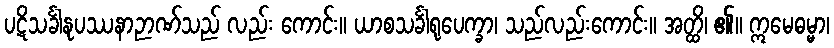
ပဋိသင်္ခါနုပဿနာဉာဏ်သည် လည်း ကောင်း။ ယာစသင်္ခါရုပေက္ခာ၊ သည်လည်းကောင်း။ အတ္ထိ၊ ၏။ ဣမေဓမ္မာ၊